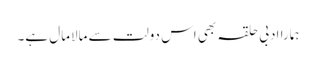
ہمارا ادبی حلقہ بھی اس دولت سے مالامال ہے۔